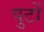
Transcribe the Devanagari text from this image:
पुटों